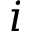
i